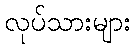
လုပ်သားများ